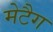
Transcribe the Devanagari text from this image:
मेटैग